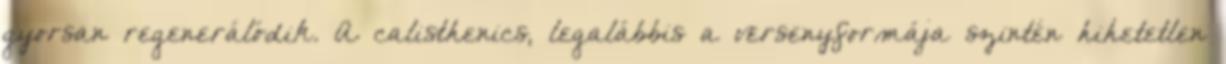
gyorsan regenerálódik. A calisthenics, legalábbis a versenyformája szintén hihetetlen